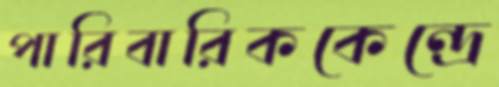
পারিবারিককেন্দ্রে